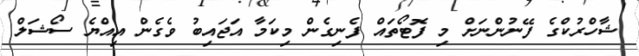
ޝާހްރުކްގެ ފޭނުންނަށް މި ފޮޓޯތައް ފެނިގެން މިކަމާ އަޖައިބު ވެގެން އިއްޔެ ސޯޝަލް